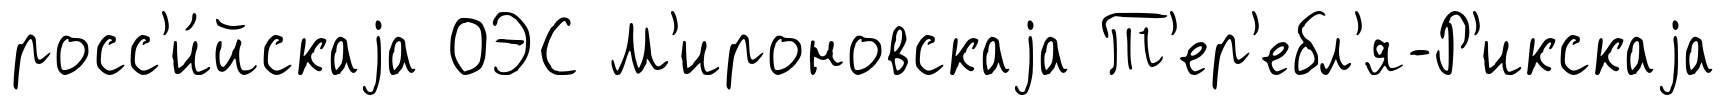
росс'и́йскаjа ОЭС М'ироновскаjа Т'ер'ебл'я-Р'икскаjа